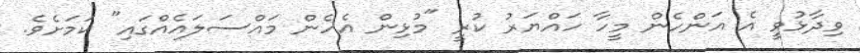
ވިދާޅުވީ އެ އަންހެން މީހާ ހައްޔަރު ކުރީ "މުޅިން އެހެން މައްސަލައެއްގައި" ކަމަށެވެ.